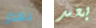
بعض بعد